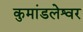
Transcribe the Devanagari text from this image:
कुमांडलेश्वर